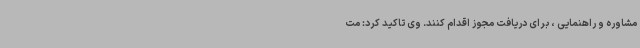
مشاوره و راهنمایی ، برای دریافت مجوز اقدام کنند. وی تاکید کرد: مت